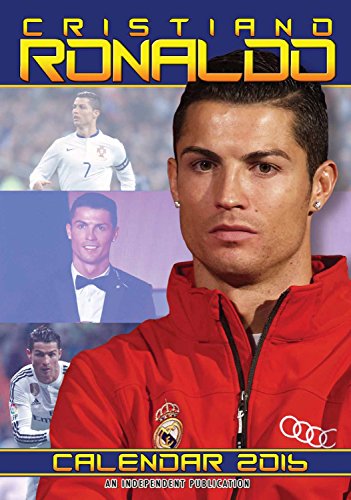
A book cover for Cristiano Ronaldo Wall Calendar - 2016 Wall Calendars - Celebrity Calendars - Soccer Calendars - Poster Wall Calendars - Monthly Wall Calendars by Dream International; MegaCalendars; Calendars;